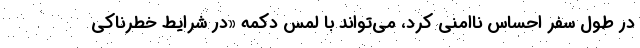
در طول سفر احساس ناامنی کرد، می‌تواند با لمس دکمه «در شرایط خطرناکی